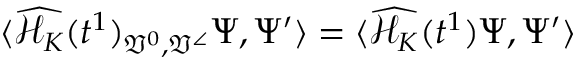
\langle \widehat { \mathcal { H } _ { K } } ( t ^ { 1 } ) _ { \mathfrak { V } ^ { 0 } , \mathfrak { V } ^ { \angle } } \Psi , \Psi ^ { \prime } \rangle = \langle \widehat { \mathcal { H } _ { K } } ( t ^ { 1 } ) \Psi , \Psi ^ { \prime } \rangle